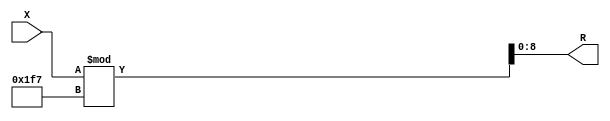
module x_100_mod_503_reg(
    input [100:1] X,
    output [9:1] R
    );


assign R = X % 503;

endmodule